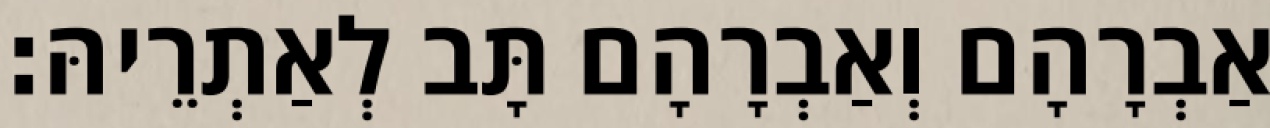
אַבְרָהָם וְאַבְרָהָם תָּב לְאַתְרֵיהּ׃